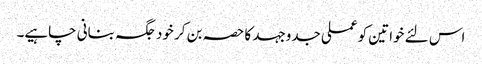
اس لئے خواتین کو عملی جدوجہد کا حصہ بن کر خود جگہ بنانی چاہیے۔